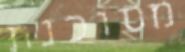
מסוכנת